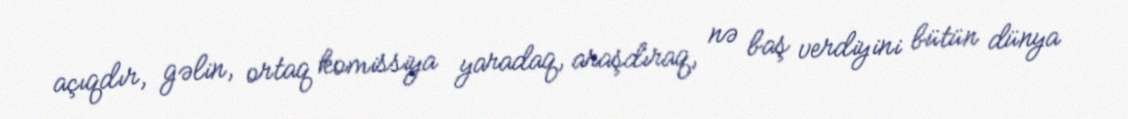
açıqdır, gəlin, ortaq komissiya yaradaq, araşdıraq, nə baş verdiyini bütün dünya